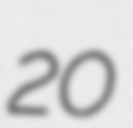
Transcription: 20